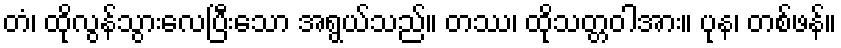
တံ၊ ထိုလွန်သွားလေပြီးသော အရွယ်သည်။ တဿ၊ ထိုသတ္တဝါအား။ ပုန၊ တစ်ဖန်။